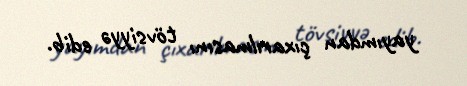
yayımdan çıxarılmasını tövsiyyə edib.